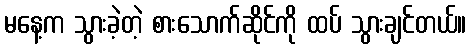
မနေ့က သွားခဲ့တဲ့ စားသောက်ဆိုင်ကို ထပ် သွားချင်တယ်။